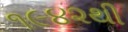
૧૯૪૨થી